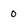
Character: 0